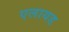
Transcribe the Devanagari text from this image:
एलायड